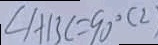
\angle A B C = 9 0 ^ { \circ } ( 2 )